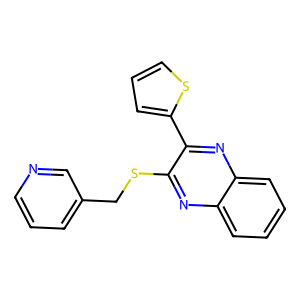
SMILES: c1cncc(CSc2nc3ccccc3nc2-c2cccs2)c1
Inhibits HIV replication: No